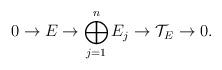
LaTeX: \begin{align*} 0 \rightarrow E \rightarrow \bigoplus_{j=1}^n E_j \rightarrow \mathcal{T}_E \rightarrow 0. \end{align*}